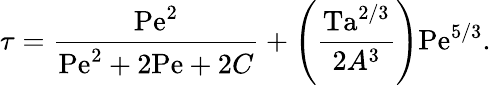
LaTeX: \tau={\frac{\mathrm{Pe}^{2}}{\mathrm{Pe}^{2}+2\mathrm{Pe}+2C}}+\left({\frac{\mathrm{Ta}^{2/3}}{2A^{3}}}\right)\mathrm{Pe}^{5/3}.